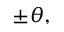
\pm \theta ,